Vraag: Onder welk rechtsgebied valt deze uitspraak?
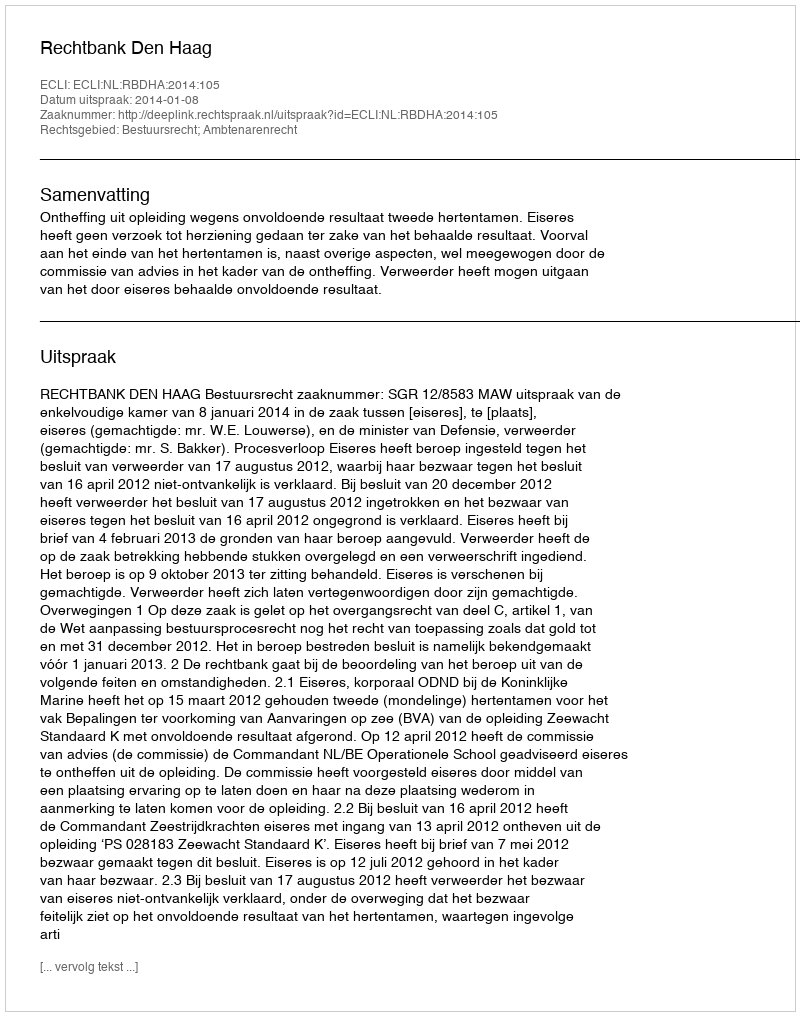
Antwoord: Bestuursrecht; Ambtenarenrecht